Regulations for the medical services of the Army of India
Year: 1930
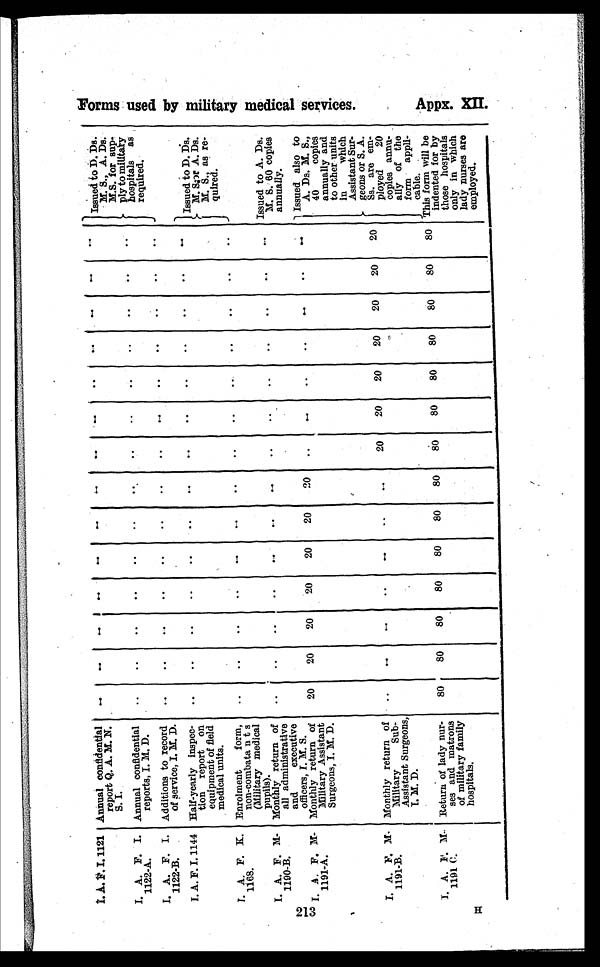
I. A. F. I. 1121 Annual confidential
report Q. A. M. N.
S. I.
. .
..
. .
. .
. .
. .
. .
. . . .
. .
. . . .
. .
. .
Issued to D. Ds.
M. S., A. Ds.
M.S. for sup p l y
to military
hospitals as
required.
I. A. F. I.
1122-A.
Annual confidential
reports, I. M. D.
..
..
..
..
..
..
. .
..
. .
. . ..
..
. . . .
I. A. F. I.
1122-B.
Additions to record
of service, I. M. D.
. . ..
..
..
..
..
..
..
. . ..
..
..
..
..
I. A. F. I. 1144 Half-yearly inspec
tion report on
equipment of field
medical units.
..
..
..
..
..
..
..
..
..
..
. .
..
..
. .
Issued to D. Ds.
M. S. or A. Ds.
M. S., as re q u i r e d .
I. A. F. K.
1168.
Enrolment form,
non-combata n t s
(Military medical
pupils).
..
..
..
..
. .
. . ..
. .
. .
. .
. .
. .
..
. .
I. A. F. M-
1190-B.
Monthly return of
all administrative
and
executive
off icers, I. M. S.
..
. .
. .
..
. .
. .
. .
. .
. .
. .
. .
. .
. .
. .
Issued to A. Ds.
M. S. 60 copies
annually.
I. A . F. M-
1191-A.
Monthly return of
Military Assistant
Surgeons, I. M. D.
20
20
20
20
20
20
20 ..
. .
..
..
. .
..
..
Issued also to
A. Ds. M. S.,
40
copies
annually and
to other units
in
which
Assistant Sur
geons or S. A.
Ss. are em
ployed
20
copies annu
ally of the
form appli
cable.
I. A. F. M-
1191-B.
Monthly return of
Military
Sub-
Assistant Surgeons,
I. M. D.
..
..
..
..
20
20
20
20
20
20
20
I. A. F. M-
1191 C.
Return of lady nur-
ses and matrons
of military family
hospitals.
80
80
80
80
80
80
80
80
80
80
80
80
80
80 This form will be
indented for by
those hospitals
only in which
lady nurses are
employed.
Forms used by military medical services.
Ap p x . XI I .